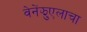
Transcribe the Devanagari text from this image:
वेनेंझुएलाचा